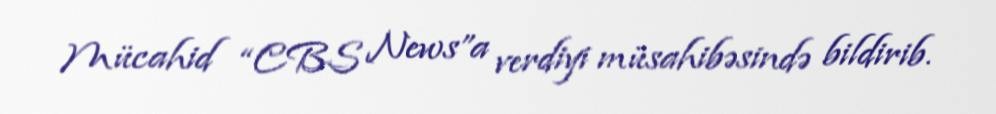
Mücahid “CBS News”a verdiyi müsahibəsində bildirib.